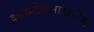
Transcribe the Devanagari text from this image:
कथालेखनाखेरीज